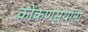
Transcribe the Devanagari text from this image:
कोंकणस्थांना